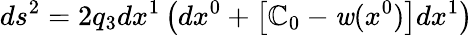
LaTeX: ds^{2}=2q_{3}dx^{1}\left(dx^{0}+\left[{\cal{\mathbb{C}}}_{0}-\mathit{w}(x^{0})\right]dx^{1}\right)